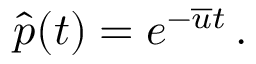
\hat { p } ( t ) = e ^ { - \overline { u } t } \, .